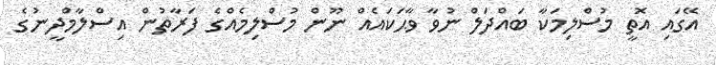
އޭގައި އޮތީ މުސްލިމަކާ ބައްދަލް ނުވާ ވާޙަކައެއް ނޫން މުސްލިމެއްގެ ފަރާތުން އިސްލާމްދީނުގެ